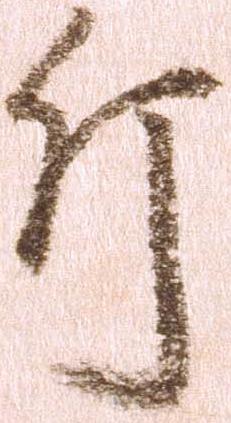
斤